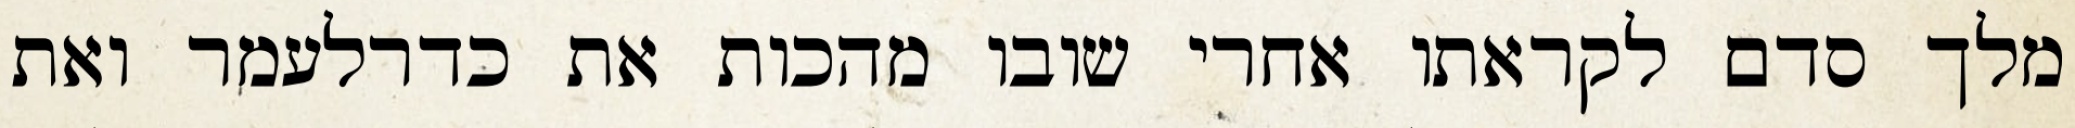
מלך סדם לקראתו אחרי שובו מהכות את כדרלעמר ואת